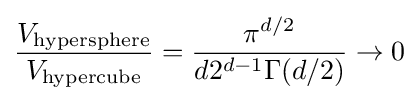
{\frac {V_{\mathrm {hypersphere} }}{V_{\mathrm {hypercube} }}}={\frac {\pi ^{d/2}}{d2^{d-1}\Gamma (d/2)}}\rightarrow 0